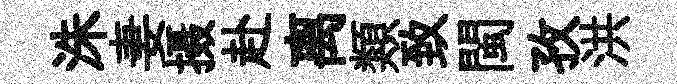
洙妻摄赴离類致閩孜洪